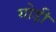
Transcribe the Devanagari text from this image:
गोड़ी